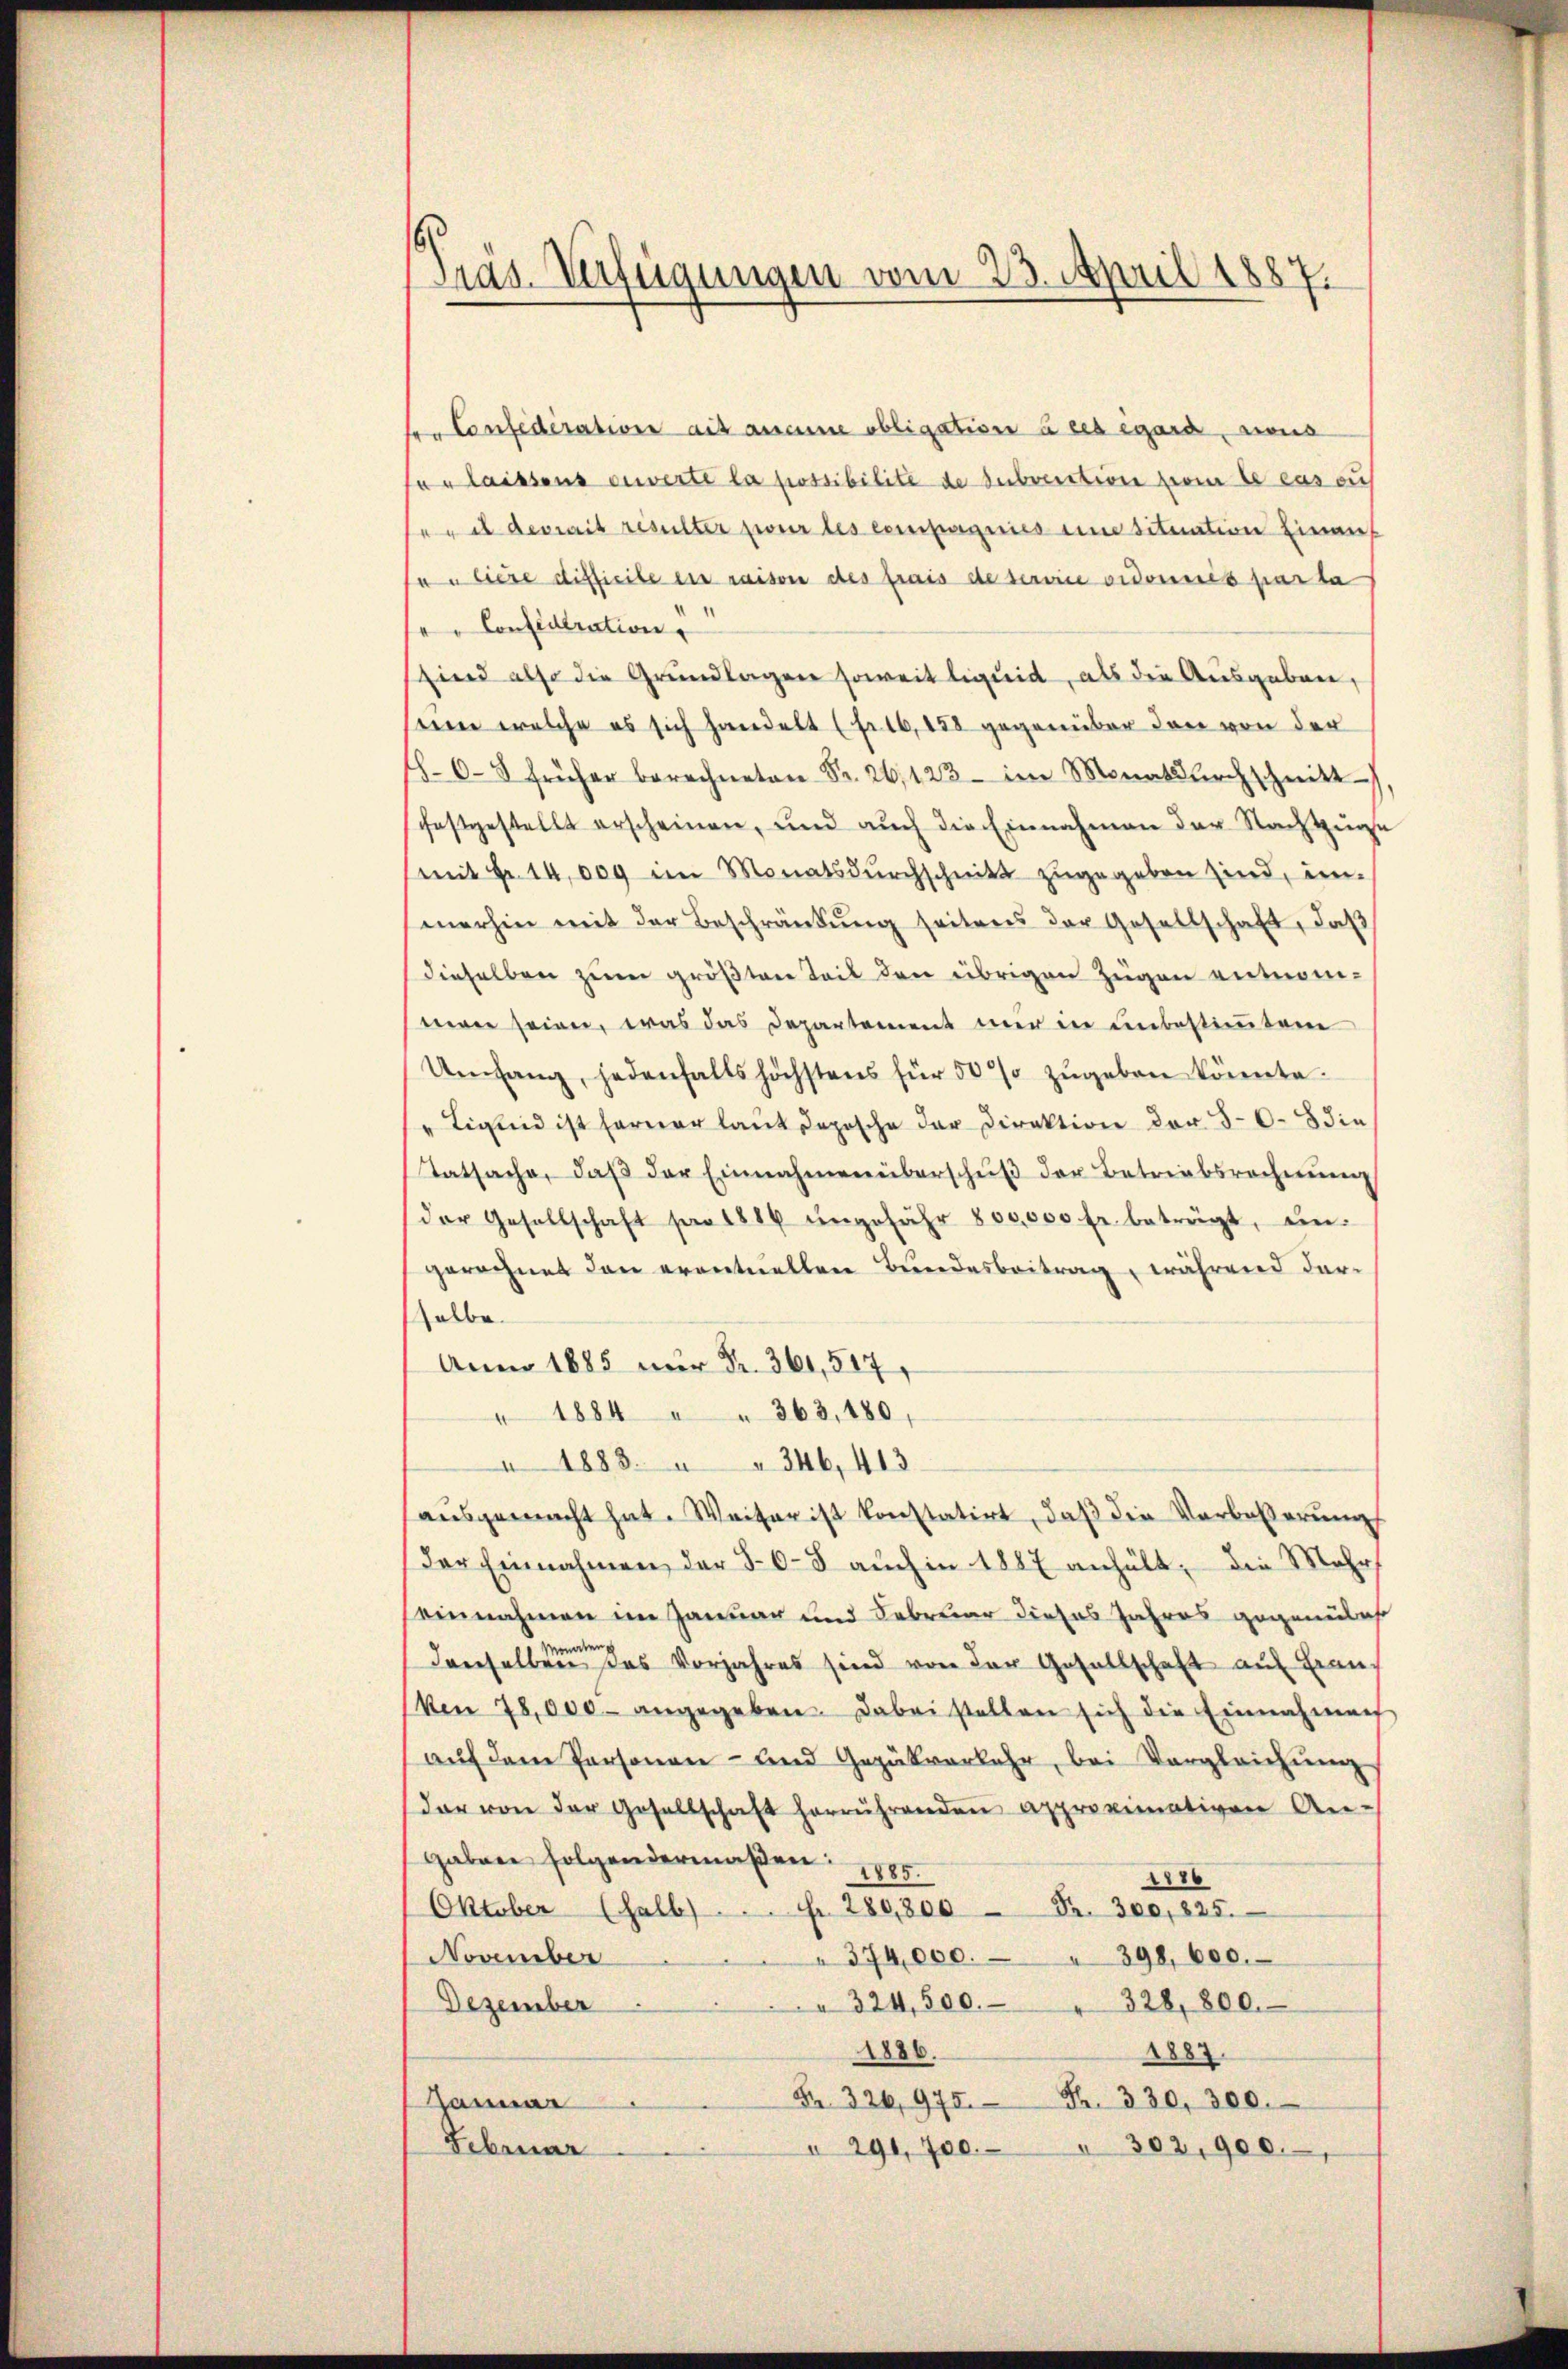
Präs. Verfügungen vom 23. April 1887.

te Confederation ait aneine obligation à ces égard, aus
fer laissens enverte la possibilite de subvention sein le cas auf
 uel devrait resulter pour les compagnies eine tituation Einauf
ja bere difficile ein raison des frais de service ordonnés parta
e. Confederation
sind also die Grundlagen soweit liquid, als die Ausgaben,
sein welche es sich handelt (fr. 16, 158 gegenüber den von der
 frei Monarchschnitt
schaftgestellt erscheinen, und auch die Einnahmen der Nachtzuge
(mit Fr. 14,000 im Monatsdŭrchschnitt zugegeben sind, in-
merhin mit der Beschränkŭng seitens der Gesellschaft, daβ
dieselben zum größten Teil den übrigen Zügen entnomwen seien, was das Departement mir in unbestimmtem
Umfang, jedenfalls höchstens für 50% zŭgeben könnte.
" Ligend ist ferner laŭt deposche der Direktion der 30. 8 die
Tatsache, daβ der Einnahmen überschŭβ der Betriebsrechnŭng
(der Gesellschaft par 1886 ŭngefähr 800,000 Fr. beträgt, ŭn-
gerechnet den eventuellen Bundesbeitrag, während darselbe
Anno 1885 nur Fr. 361,517,
" 1884 " " 363, 180
" 1883. " " 346, 413.
ausgemacht hat. Weiter ist konstatirt, daß die Verbeßerung
der Einnahmen der 50-8 aŭch in 1887 anhält, die Mehr
einnahmen im Januar und Februar dieses Jahres gegenü
Monnte
denselben das Vorjahres sind von der Gesellschaft auf Franken 78,000 angegeben. Dabei stellen sich die Einnahmen
aŭf dem Personen- und Gezükverkehr, bei Vergleichŭng
dar von der Gesellschaft herrührenden Approximativen An-
Gaben folgendermaßen: 1785.
1176
Oktober (halb. Fr. 280,800 Fr. 300, 825.
398, 600.
374,000.
November
328,800.
 324,500.
Dezember
1886.
1887.
Fr. 326, 975. Fr. 330, 300.
Januar
Februar
 291,700 " 302, 900.